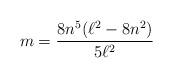
LaTeX: \begin{align*}m=\frac{8n^{5}(\ell ^{2}-8n^{2})}{5\ell ^{2}} \end{align*}